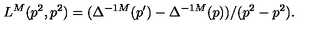
L ^ { M } ( p ^ { 2 } , p ^ { 2 } ) = ( \Delta ^ { - 1 M } ( p ^ { \prime } ) - \Delta ^ { - 1 M } ( p ) ) / ( p ^ { 2 } - p ^ { 2 } ) .